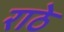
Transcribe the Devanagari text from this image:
राठे